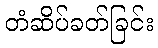
တံဆိပ်ခတ်ခြင်း